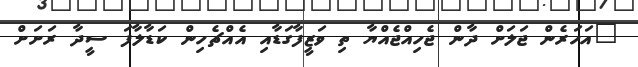
"އަހަރެން ޖަލަށް ދާން ޖެހިއްޖެއްޔާ ތި ވަޒީފާގަޑާއި އެއްޗެހިން ކަޑާލާފަ ސީދާ ރަށަށް